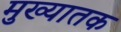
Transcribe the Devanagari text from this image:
मुख्यातक